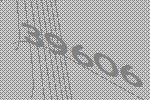
39606